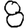
Digit: 8